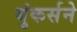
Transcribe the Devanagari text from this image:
युंकर्सने